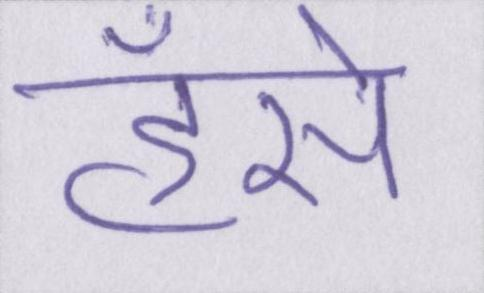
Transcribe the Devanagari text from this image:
हँसे